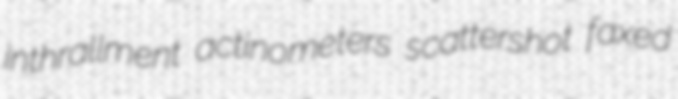
inthrallment actinometers scattershot faxed